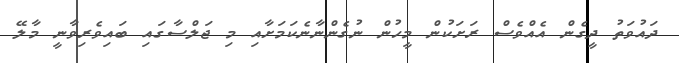
ދައުވަތު ދީގެން އެއްވެސް ރަށަކުން މީހުން ނުގެންނާނެކަމަށާއި މި ޖަލްސާގައި ބައިވެރިވާނީ މާލޭ